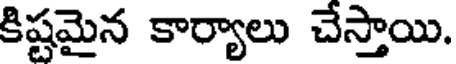
కిష్టమైన కార్యాలు చేస్తాయి.